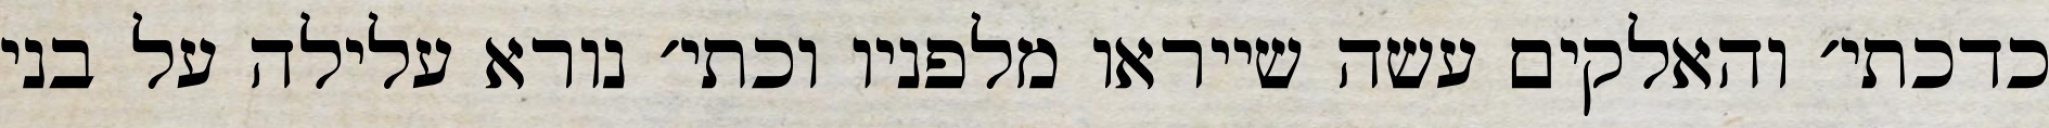
כדכתי׳ והאלקים עשה שייראו מלפניו וכתי׳ נורא עלילה על בני